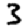
Digit: 3